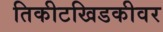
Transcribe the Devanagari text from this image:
तिकीटखिडकीवर